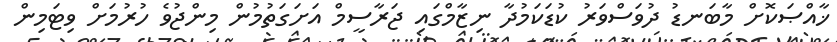
ޚާއްޞަކޮށް މާބަނޑު ދުވަސްވަރު ކުޑަކަމުދާ ނިޒާމްގައި ޖަރާސީމް އަށަގަތުމުން މިންޖުވެ ހުރުމަށް ވިޓަމިން